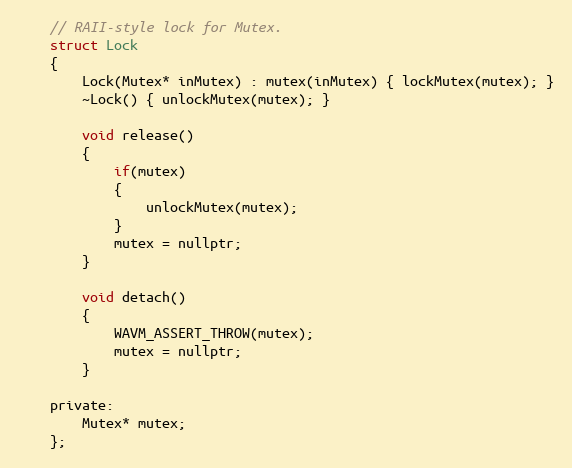
Language: C
	// RAII-style lock for Mutex.
	struct Lock
	{
		Lock(Mutex* inMutex) : mutex(inMutex) { lockMutex(mutex); }
		~Lock() { unlockMutex(mutex); }

		void release()
		{
			if(mutex)
			{
				unlockMutex(mutex);
			}
			mutex = nullptr;
		}

		void detach()
		{
			WAVM_ASSERT_THROW(mutex);
			mutex = nullptr;
		}

	private:
		Mutex* mutex;
	};